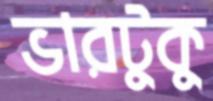
ভারটুকু